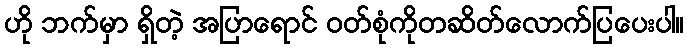
ဟို ဘက်မှာ ရှိတဲ့ အပြာရောင် ဝတ်စုံကိုတဆိတ်လောက်ပြပေးပါ။